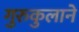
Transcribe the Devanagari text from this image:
गुरुकुलाने